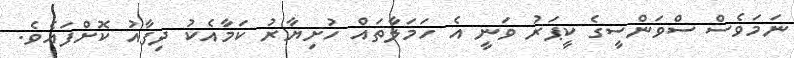
ނަމަވެސް ސްވަންސީގެ ކީޕަރު ވަނީ އެ ހަމަލާތައް ހުށިޔާރު ކަމާއެކު ދިފާއު ކޮށްފައެވެ.